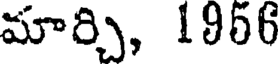
మార్చి, 1956